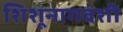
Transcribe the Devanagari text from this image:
शिशूनागवंशी